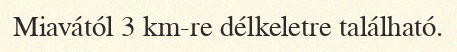
Miavától 3 km-re délkeletre található.